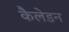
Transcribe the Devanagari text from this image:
कैलेडन